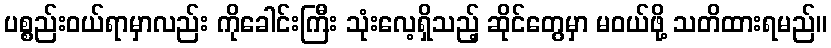
ပစ္စည်းဝယ်ရာမှာလည်း ကိုခေါင်းကြီး သုံးလေ့ရှိသည့် ဆိုင်တွေမှာ မဝယ်ဖို့ သတိထားရမည်။